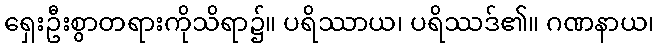
ရှေးဦးစွာတရားကိုသိရာ၌။ ပရိဿာယ၊ ပရိဿဒ်၏။ ဂဏနာယ၊